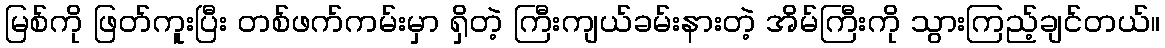
မြစ်ကို ဖြတ်ကူးပြီး တစ်ဖက်ကမ်းမှာ ရှိတဲ့ ကြီးကျယ်ခမ်းနားတဲ့ အိမ်ကြီးကို သွားကြည့်ချင်တယ်။